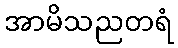
အာမိသညတရံ